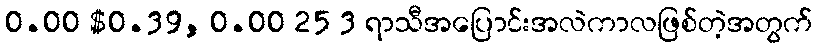
0.00 $0.39, 0.00 25 3 ရာသီအပြောင်းအလဲကာလဖြစ်တဲ့အတွက်